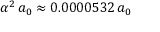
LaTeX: \alpha ^ { 2 } \, a _ { 0 } \approx 0 . 0 0 0 0 5 3 2 \, a _ { 0 }